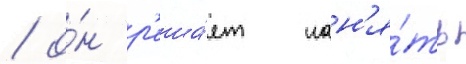
/ о́н р'еша́ет нан'я́ть